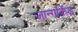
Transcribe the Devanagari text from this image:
जान्गकिंड